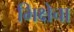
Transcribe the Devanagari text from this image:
भिक्षेचा